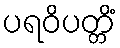
ပရဝိပတ္တိံ